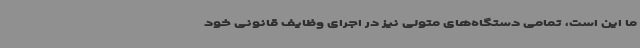
ما این است، تمامی دستگاه‌های متولی نیز در اجرای وظایف قانونی خود